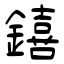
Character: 𨭎